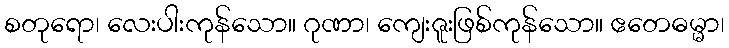
စတုရော၊ လေးပါးကုန်သော။ ဂုဏာ၊ ကျေးဇူးဖြစ်ကုန်သော။ ဧတေဓမ္မာ၊